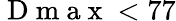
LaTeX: \mathrm{~D~m~a~x~}<77